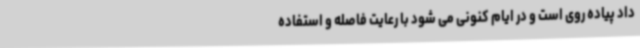
داد پیاده روی است و در ایام کنونی می شود با رعایت فاصله و استفاده